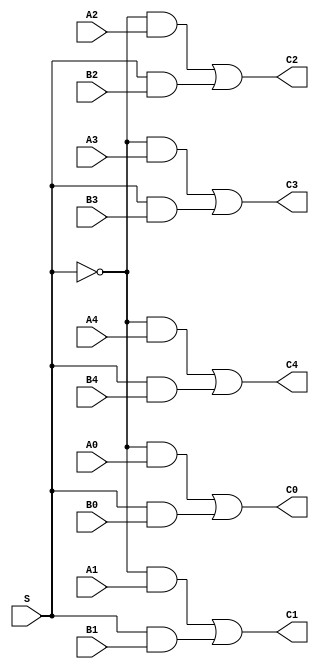
module two_one_multi (S, A0, B0, C0, A1, B1, C1, A2, B2, C2, A3, B3, C3, A4, B4, C4);
  input wire S,A0,B0,A1,B1,A2,B2,A3,B3,A4,B4;
  output wire C0,C1,C2,C3,C4;

  wire notS, notSandA0, SandB0, notSandA1, SandB1, notSandA2, SandB2, notSandA3, SandB3, notSandA4, SandB4;

  not #1 g1(notS,S);

  and #2 g2_1(notSandA0,notS,A0);
  and #2 g2_2(SandB0,S,B0);
  or  #2 g3_1(C0,notSandA0,SandB0); //output 1

  and #2 g2_3(notSandA1,notS,A1);
  and #2 g2_4(SandB1,S,B1);
  or  #2 g3_2(C1,notSandA1,SandB1); //output 2

  and #2 g2_5(notSandA2,notS,A2);
  and #2 g2_6(SandB2,S,B2);
  or  #2 g3_3(C2,notSandA2,SandB2); //output 3

  and #2 g2_7(notSandA3,notS,A3);
  and #2 g2_8(SandB3,S,B3);
  or  #2 g3_4(C3,notSandA3,SandB3); //output 4

  and #2 g2_9(notSandA4,notS,A4);
  and #2 g2_10(SandB4,S,B4);
  or  #2 g3_5(C4,notSandA4,SandB4); //output 5

endmodule